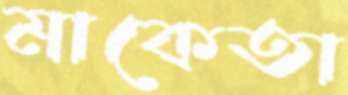
মাকেতা